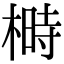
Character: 榯